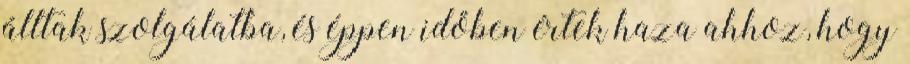
álltak szolgálatba, és éppen időben értek haza ahhoz, hogy